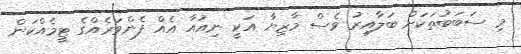
މި ސަބަބުތަކަށް ބަލާއިރު ވެސް މާޒިޔާ އަކީ ނިއުއާ އެއް ފެންވަރެއްގެ ޓީމެއްކަން